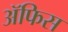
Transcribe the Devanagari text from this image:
ॲफिस